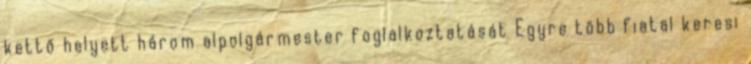
kettő helyett három alpolgármester foglalkoztatását Egyre több fiatal keresi